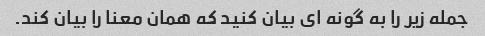
جمله زیر را به گونه ای بیان کنید که همان معنا را بیان کند.